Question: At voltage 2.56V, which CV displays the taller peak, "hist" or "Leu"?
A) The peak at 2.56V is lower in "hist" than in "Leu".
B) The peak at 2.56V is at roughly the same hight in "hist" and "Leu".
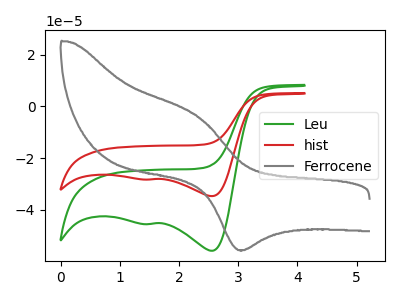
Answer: <think>The green curve "Leu" has cathodic peaks at (2.55V, -55.85uA) (1.50V, -45.50uA). The red curve "hist" has cathodic peaks at (2.55V, -34.70uA) (1.50V, -28.30uA). The gray curve "Ferrocene" has an anodic peak at (2.35V, -4.10uA) and a cathodic peak at (3.10V, -55.55uA).</think>
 <answer>A) The peak at 2.56V is lower in "hist" than in "Leu".</answer>
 <eval>A</eval>